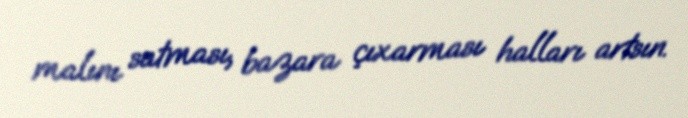
malını satması, bazara çıxarması halları artsın.